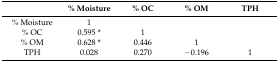
<table><thead><tr><td></td><td><b>% Moisture</b></td><td><b>% OC</b></td><td><b>% OM</b></td><td><b>TPH</b></td></tr></thead><tbody><tr><td>% Moisture</td><td>1</td><td></td><td></td><td></td></tr><tr><td>% OC</td><td>0.595 *</td><td>1</td><td></td><td></td></tr><tr><td>% OM</td><td>0.628 *</td><td>0.446</td><td>1</td><td></td></tr><tr><td>TPH</td><td>0.028</td><td>0.270</td><td>−0.196</td><td>1</td></tr></tbody></table>